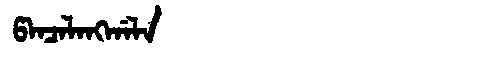
Manchu: ᡦᠠᠨᠴᠠᠯᠠᠩᡤᠠᠯᠠ
Romanization: PANCALANGGALA